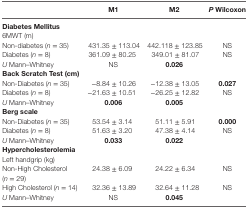
|  | M1 | M2 | P Wilcoxon |
 | --- | --- | --- | --- |
 | <COLSPAN=4> Diabetes Mellitus |
 | <COLSPAN=4> 6MWT (m) |
 | Non-diabetes (n = 35) | 431.35 ± 113.04 | 442.118 ± 123.85 | NS |
 | Diabetes (n = 8) | 361.09 ± 80.25 | 349.01 ± 81.07 | NS |
 | U Mann–Whitney | NS | 0.026 |  |
 | <COLSPAN=4> Back Scratch Test (cm) |
 | Non-Diabetes (n = 35) | −8.84 ± 10.26 | −12.38 ± 13.05 | 0.027 |
 | Diabetes (n = 8) | −21.63 ± 10.51 | −26.25 ± 12.82 | NS |
 | U Mann–Whitney | 0.006 | 0.005 |  |
 | <COLSPAN=4> Berg scale |
 | Non-Diabetes (n = 35) | 53.54 ± 3.14 | 51.11 ± 5.91 | 0.000 |
 | Diabetes (n = 8) | 51.63 ± 3.20 | 47.38 ± 4.14 | NS |
 | U Mann–Whitney | 0.033 | 0.022 |  |
 | <COLSPAN=4> Hypercholesterolemia |
 | <COLSPAN=4> Left handgrip (kg) |
 | Non-High Cholesterol (n = 29) | 24.38 ± 6.09 | 24.22 ± 6.34 | NS |
 | High Cholesterol (n = 14) | 32.36 ± 13.89 | 32.64 ± 11.28 | NS |
 | U Mann–Whitney | NS | 0.045 |  |